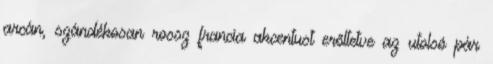
arcán, szándékosan rossz francia akcentust erőltetve az utolsó pár